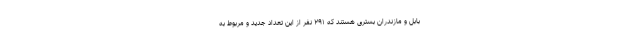
بابل و مازندران بستری هستند که ۲۹۱ نفر از این تعداد جدید و مربوط به